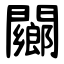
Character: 䦳